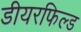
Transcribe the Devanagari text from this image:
डीयरफिल्ड